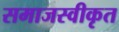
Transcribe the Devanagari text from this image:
समाजस्वीकृत